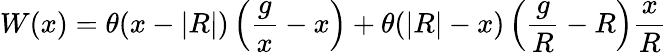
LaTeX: W(x)=\theta(x-|R|)\left({\frac{g}{x}}-x\right)+\theta(|R|-x)\left({\frac{g}{R}}-R\right){\frac{x}{R}}